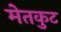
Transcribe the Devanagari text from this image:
मेतकुट